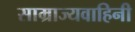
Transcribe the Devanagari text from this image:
साम्राज्यवाहिनी